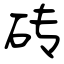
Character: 砖